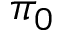
\pi _ { 0 }